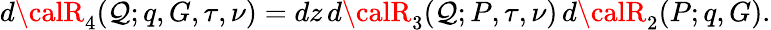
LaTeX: d{\calR}_{4}(\mathcal{Q};q,G,\tau,\nu)=dz\, d{\calR}_{3}(\mathcal{Q};P,\tau,\nu)\, d{\calR}_{2}(P;q,G).